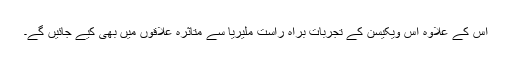
اس کے علاوہ اس ویکیسن کے تجربات براہ راست ملیریا سے متاثرہ علاقوں میں بھی کیے جائیں گے۔